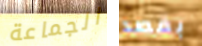
الجماعة بقصد